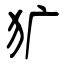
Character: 犷